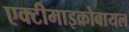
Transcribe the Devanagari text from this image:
एक्टीमाइक्रोबायल